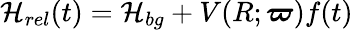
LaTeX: \mathcal{H}_{rel}(t)=\mathcal{H}_{bg}+V(R;\boldsymbol{\varpi})f(t)